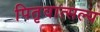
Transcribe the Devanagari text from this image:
पितृवात्सल्य